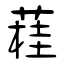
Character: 蓕